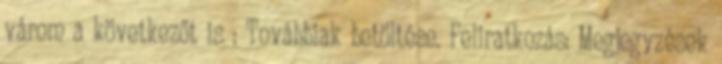
várom a következőt is : Továbbiak betöltése. Feliratkozás: Megjegyzések